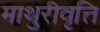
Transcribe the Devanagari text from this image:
माथुरीवृत्ति